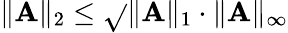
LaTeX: \| \mathbf{A}\| _{2}\le\sqrt{}{{\| \mathbf{A}\| _{1}\cdot\| \mathbf{A}\| _{\infty}}}